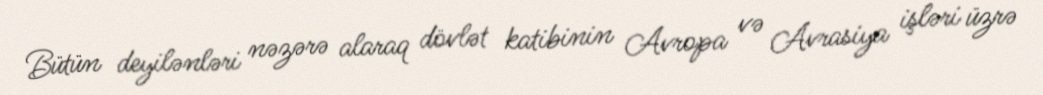
Bütün deyilənləri nəzərə alaraq dövlət katibinin Avropa və Avrasiya işləri üzrə